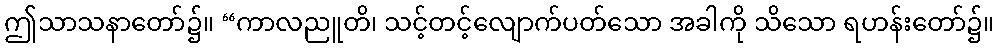
ဤသာသနာတော်၌။ “ကာလညူတိ၊ သင့်တင့်လျောက်ပတ်သော အခါကို သိသော ရဟန်းတော်၌။